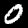
Label: 0